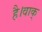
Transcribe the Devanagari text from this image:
है।वाक्